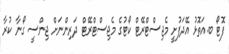
ފޮޓޯ ބ.އަތޮޅު އޭދަފުށީ މެޖިސްޓްރޭޓް ކޯޓުގެ މެޖިސްޓްރޭޓް ދަރިންނަށް ޖިންސީ ގޯނާ ކުރާ